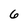
Character: 6